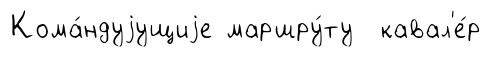
Кома́ндуjущиjе маршру́ту кавал'е́р